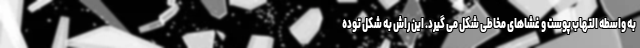
به واسطه التهاب پوست و غشاهای مخاطی شکل می گیرد. این راش به شکل توده